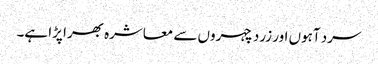
سرد آہوں اور زرد چہروں سے معاشرہ بھرا پڑا ہے۔